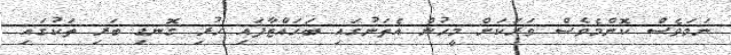
ނަމަވެސް ކޮންމެވެސް ވަރަކަށް މީހުން އެތަނުގައި ބަހައްޓާފައި ހުރި ގޮނޑި ބަރި ތަކުގައި